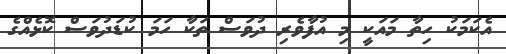
އެކަމަކު ހިތާ މައަކީ މި އުފާވެރި ދުވަސް ތަކާ ހަމަ ކުޑަދުވަސް ކޮޅެއްގެ